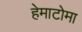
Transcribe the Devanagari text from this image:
हेमाटोमा